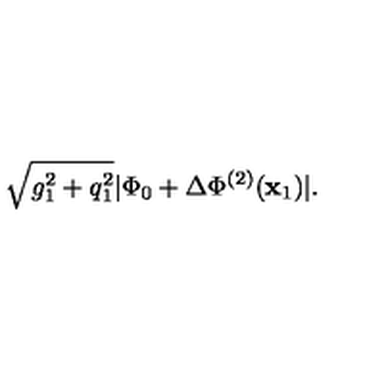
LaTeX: \sqrt { g _ { 1 } ^ { 2 } + q _ { 1 } ^ { 2 } } | \Phi _ { 0 } + \Delta \Phi ^ { ( 2 ) } ( { \bf x } _ { 1 } ) | .